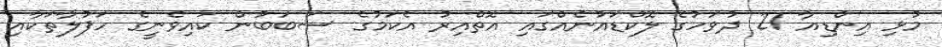
މުޅި އިންޑިއާ 21 ދުވަހުގެ ލޮކްޑައުނެއްގައި އޮތްއިރު އެކަމުގެ ސަބަބުން ކައިވެނީގެ ހަފުލާތަކާއި